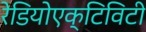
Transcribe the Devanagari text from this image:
रेडियोएक्टिविटी